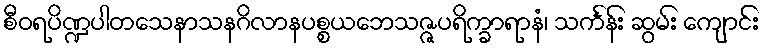
စီဝရပိဏ္ဍပါတသေနာသနဂိလာနပစ္စယဘေသဇ္ဇပရိက္ခာရာနံ၊ သင်္ကန်း ဆွမ်း ကျောင်း